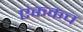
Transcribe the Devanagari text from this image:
एककच